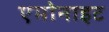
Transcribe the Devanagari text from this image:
एमोनाइट